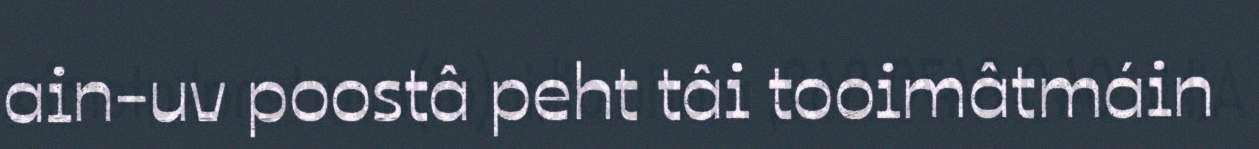
ain-uv poostâ peht tâi tooimâtmáin